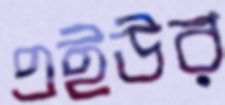
এইউর